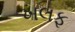
ખલફ